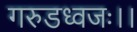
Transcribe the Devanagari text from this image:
गरुडध्वजः।।